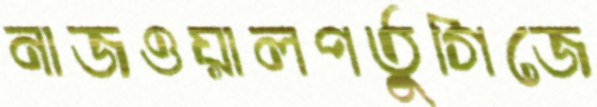
নাজওয়ালপর্তুগিজে